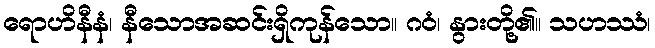
ရောဟိနီနံ၊ နီသောအဆင်းရှိကုန်သော။ ဂဝံ၊ နွားတို့၏။ သဟဿံ၊